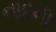
નાદની